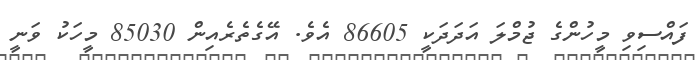
ފައްސިވި މީހުންގެ ޖުމްލަ އަދަދަކީ 86605 އެވެ. އޭގެތެރެއިން 85030 މީހަކު ވަނީ